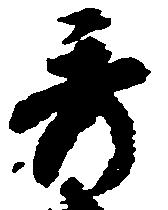
秀